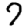
Digit: 7